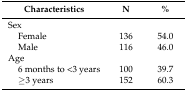
<table><thead><tr><td><b>Characteristics</b></td><td><b>N</b></td><td><b>%</b></td></tr></thead><tbody><tr><td>Sex</td><td></td><td></td></tr><tr><td> Female</td><td>136</td><td>54.0</td></tr><tr><td> Male</td><td>116</td><td>46.0</td></tr><tr><td>Age</td><td></td><td></td></tr><tr><td> 6 months to &lt;3 years</td><td>100</td><td>39.7</td></tr><tr><td> ≥3 years</td><td>152</td><td>60.3</td></tr></tbody></table>